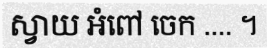
ស្វាយ អំពៅ ចេក .... ។